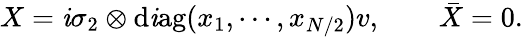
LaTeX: X=\mathit{i}\sigma_{2}\otimes\mathrm{{d\mathit{i}ag}}(x_{1},\cdots,x_{N/2})v,\qquad\bar{{X}}=0.